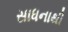
સાધનાથી